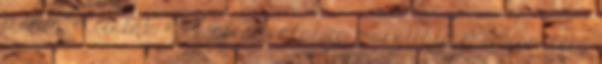
irónia, 3. listák #21 Duliee válasza margithid #14 üzenetére